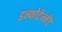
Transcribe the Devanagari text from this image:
इन्फोटेन्मेंट